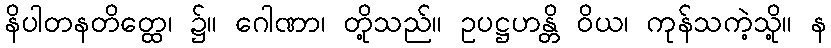
နိပါတနတိတ္ထေ၊ ၌။ ဂေါဏာ၊ တို့သည်။ ဥပဋ္ဌဟန္တိ ဝိယ၊ ကုန်သကဲ့သို့။ န